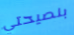
بنصيحتي